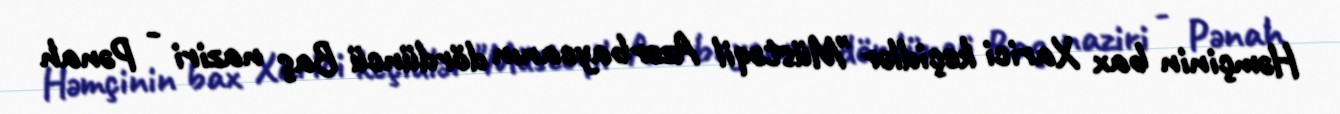
Həmçinin bax Xarici keçidlər "Müstəqil Azərbaycanın dördüncü Baş naziri - Pənah